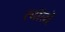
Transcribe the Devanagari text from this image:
स्वॉलो